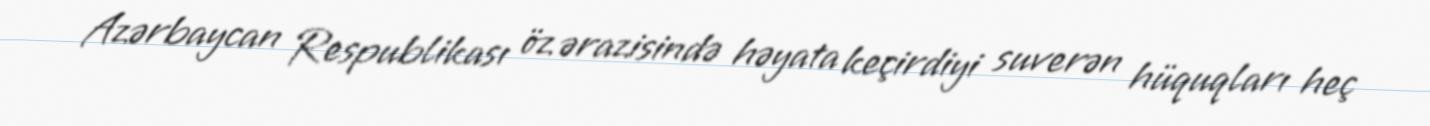
Azərbaycan Respublikası öz ərazisində həyata keçirdiyi suverən hüquqları heç